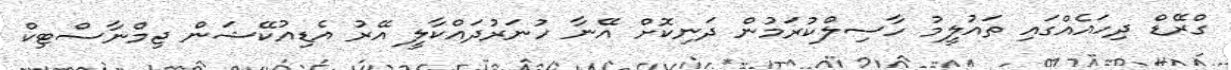
ގްރޭޑް ދިހައެއްގައި ތައުލީމު ހާސިލްކުރަމުން ދަނިކޮށް އޭނާ ހުނަރުދައްކާލީ އޭރު އެޑިއުކޭޝަން ޖިމްނާސްޓިކް